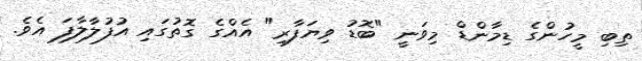
ތިބި މީހުންގެ ޑިމާންޑް މިވަނީ "ބޮޑު ވިޔަފާރި" އެއްގެ ގޮތުގައި އުފުލާލާފަ އެވެ.